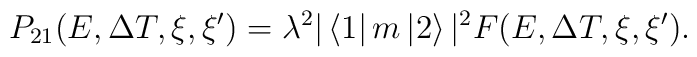
P_{21}(E,\Delta T,\xi,\xi')= \lambda^{2}|\left<1\right|m\left|2\right>|^{2}F(E,\Delta T,\xi,\xi').